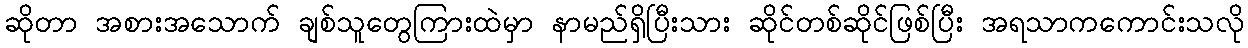
ဆိုတာ အစားအသောက် ချစ်သူတွေကြားထဲမှာ နာမည်ရှိပြီးသား ဆိုင်တစ်ဆိုင်ဖြစ်ပြီး အရသာကကောင်းသလို